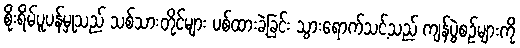
စိုးရိမ်ပူပန်မှုသည် သစ်သားတိုင်များ ပစ်ထားခဲ့ခြင်း သွားရောက်သင့်သည် ကျန်ပွဲစဉ်များကို